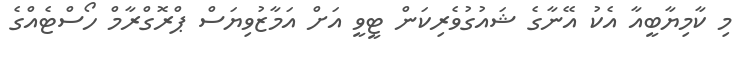
މި ކާމިޔާބީއާ އެކު އޭނާގެ ޝައުގުވެރިކަން ޓީވީ އަށް އަމާޒުވިޔަސް ޕްރޮގްރާމް ހޯސްޓެއްގެ